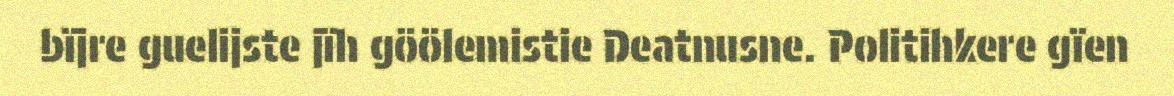
bïjre guelijste jïh göölemistie Deatnusne. Politihkere gïen